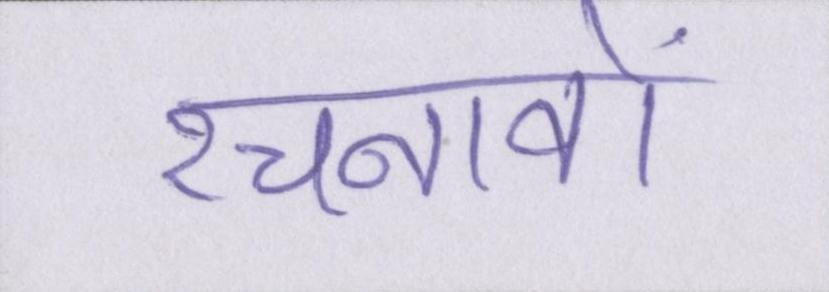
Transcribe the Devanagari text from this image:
रचनावों